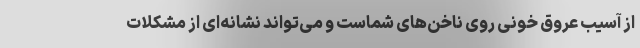
از آسیب عروق خونی روی ناخن‌های شماست و می‌تواند نشانه‌ای از مشکلات